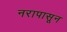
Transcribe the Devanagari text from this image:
नरापासून